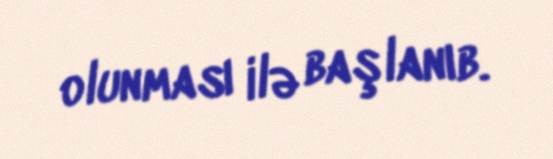
olunması ilə başlanıb.